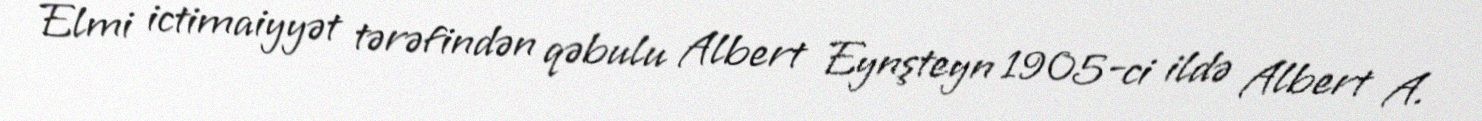
Elmi ictimaiyyət tərəfindən qəbulu Albert Eynşteyn 1905-ci ildə Albert A.